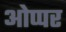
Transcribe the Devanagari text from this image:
ओप्पर